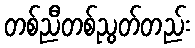
တစ်ညီတစ်ညွတ်တည်း